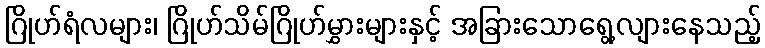
ဂြိုဟ်ရံလများ၊ ဂြိုဟ်သိမ်ဂြိုဟ်မွှားများနှင့် အခြားသောရွေ့လျားနေသည့်